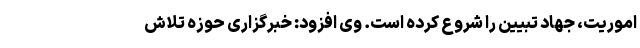
اموریت، جهاد تبیین را شروع کرده است. وی افزود: خبرگزاری حوزه تلاش